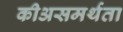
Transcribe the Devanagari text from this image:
कीअसमर्थता